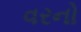
વરનો